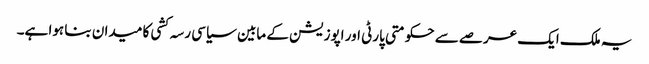
یہ ملک ایک عرصے سے حکومتی پارٹی اور اپوزیشن کے مابین سیاسی رسہ کشی کا میدان بنا ہوا ہے۔